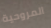
المروحية